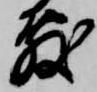
敷